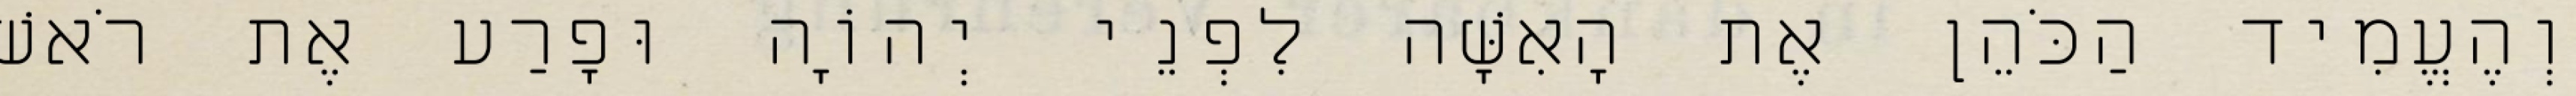
וְהֶעֱמִיד הַכֹּהֵן אֶת הָאִשָּׁה לִפְנֵי יְהוָֹה וּפָרַע אֶת רֹאשׁ